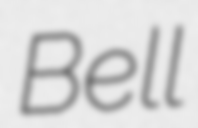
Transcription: Bell